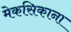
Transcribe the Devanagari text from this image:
मेकसिकाना